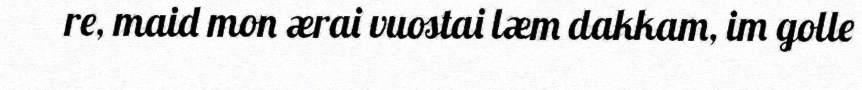
re, maid mon ærai vuostai læm dakkam, im golle